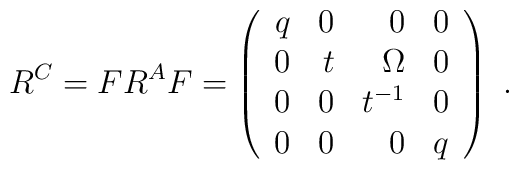
R^C=FR^AF=\left(\begin{array}{rrrr}q & 0 & 0 & 0\\0 & t & \Omega & 0\\0 & 0 & t^{-1} & 0\\0 & 0 & 0 & q\end{array}\right)\ .